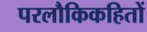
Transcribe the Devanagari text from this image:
परलौकिकहितों